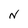
Character: N